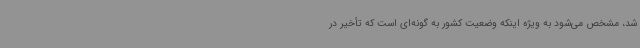
شد، مشخص می‌شود به ویژه اینکه وضعیت کشور به گونه‌ای است که تأخیر در